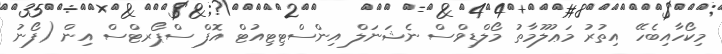
މިކޯހާއިބެހޭ އިތުރު މަޢުލޫމާތު މޯލްޑިވްސް ނެޝަނަލް އިންސްޓިޓިއުޓް އޮފް ސްޕޯރޓްސް އިން (ފޯނު